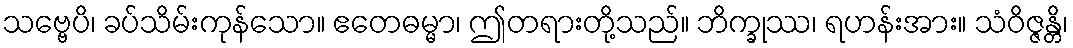
သဗ္ဗေပိ၊ ခပ်သိမ်းကုန်သော။ ဧတေဓမ္မာ၊ ဤတရားတို့သည်။ ဘိက္ခုဿ၊ ရဟန်းအား။ သံဝိဇ္ဇန္တိ၊